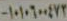
١٠١٠٦٠٠٤٧٢-